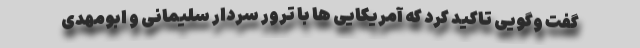
گفت وگویی تاکید کرد که آمریکایی ها با ترور سردار سلیمانی و ابومهدی